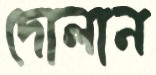
দোলান